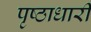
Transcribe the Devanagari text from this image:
पृष्ठाधारी